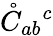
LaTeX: \mathring{C}_{ab}{}^{c}